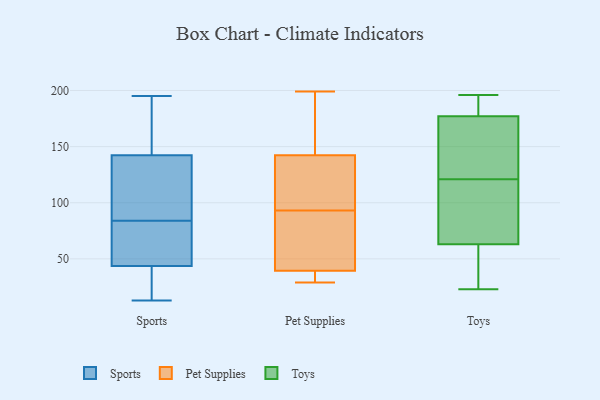
{"axis": {"x": "LTV (USD)", "y": "Value"}, "legend": ["Pet Supplies", "Sports", "Toys"], "data": [{"x": "", "y": 13, "type": "Sports"}, {"x": "", "y": 100, "type": "Sports"}, {"x": "", "y": 136, "type": "Sports"}, {"x": "", "y": 84, "type": "Sports"}, {"x": "", "y": 61, "type": "Sports"}, {"x": "", "y": 47, "type": "Sports"}, {"x": "", "y": 34, "type": "Sports"}, {"x": "", "y": 51, "type": "Sports"}, {"x": "", "y": 183, "type": "Sports"}, {"x": "", "y": 104, "type": "Sports"}, {"x": "", "y": 26, "type": "Sports"}, {"x": "", "y": 161, "type": "Sports"}, {"x": "", "y": 195, "type": "Sports"}, {"x": "", "y": 67, "type": "Sports"}, {"x": "", "y": 189, "type": "Sports"}, {"x": "", "y": 19, "type": "Sports"}, {"x": "", "y": 96, "type": "Sports"}, {"x": "", "y": 197, "type": "Pet Supplies"}, {"x": "", "y": 29, "type": "Pet Supplies"}, {"x": "", "y": 199, "type": "Pet Supplies"}, {"x": "", "y": 93, "type": "Pet Supplies"}, {"x": "", "y": 109, "type": "Pet Supplies"}, {"x": "", "y": 194, "type": "Pet Supplies"}, {"x": "", "y": 87, "type": "Pet Supplies"}, {"x": "", "y": 47, "type": "Pet Supplies"}, {"x": "", "y": 128, "type": "Pet Supplies"}, {"x": "", "y": 33, "type": "Pet Supplies"}, {"x": "", "y": 37, "type": "Pet Supplies"}, {"x": "", "y": 147, "type": "Pet Supplies"}, {"x": "", "y": 108, "type": "Pet Supplies"}, {"x": "", "y": 36, "type": "Pet Supplies"}, {"x": "", "y": 47, "type": "Pet Supplies"}, {"x": "", "y": 104, "type": "Toys"}, {"x": "", "y": 196, "type": "Toys"}, {"x": "", "y": 123, "type": "Toys"}, {"x": "", "y": 23, "type": "Toys"}, {"x": "", "y": 192, "type": "Toys"}, {"x": "", "y": 119, "type": "Toys"}, {"x": "", "y": 144, "type": "Toys"}, {"x": "", "y": 177, "type": "Toys"}, {"x": "", "y": 63, "type": "Toys"}, {"x": "", "y": 57, "type": "Toys"}]}